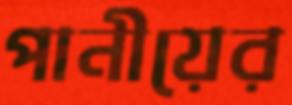
পানীয়ের